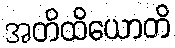
အတိထိယောတိ